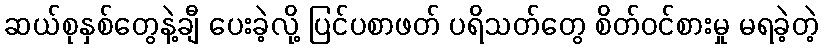
ဆယ်စုနှစ်တွေနဲ့ချီ ပေးခဲ့လို့ ပြင်ပစာဖတ် ပရိသတ်တွေ စိတ်ဝင်စားမှု မရခဲ့တဲ့